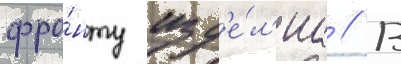
фро́нту изд'е́л'иа // В